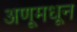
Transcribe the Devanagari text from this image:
अणूमधून